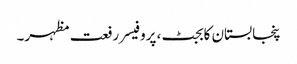
پنجابستان کابجٹ، پروفیسر رفعت مظہر۔